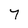
Character: 7